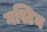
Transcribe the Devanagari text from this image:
गस्टिन